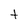
Character: t